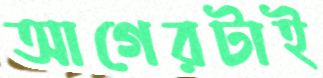
আগেরটাই